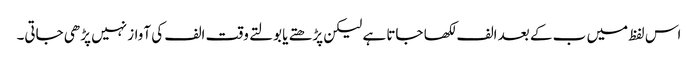
اس لفظ میں ب کے بعد الف لکھا جاتا ہے لیکن پڑھتے یا بولتے وقت الف کی آواز نہیں پڑھی جاتی۔